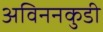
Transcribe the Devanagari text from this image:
अविननकुडी